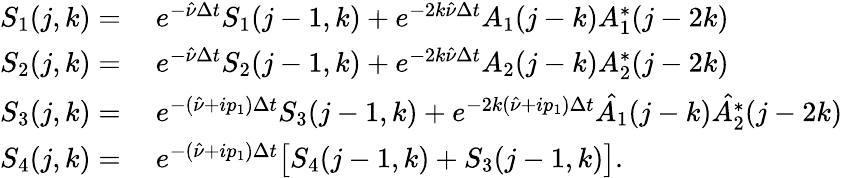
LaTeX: \begin{array}{rl}{S_{1}(j,k)=}&{\ e^{-\hat{\nu}\Delta t}S_{1}(j-1,k)+e^{-2k\hat{\nu}\Delta t}A_{1}(j-k)A_{1}^{*}(j-2k)}\\ {S_{2}(j,k)=}&{\ e^{-\hat{\nu}\Delta t}S_{2}(j-1,k)+e^{-2k\hat{\nu}\Delta t}A_{2}(j-k)A_{2}^{*}(j-2k)}\\ {S_{3}(j,k)=}&{\ e^{-(\hat{\nu}+ip_{1})\Delta t}S_{3}(j-1,k)+e^{-2k(\hat{\nu}+ip_{1})\Delta t}\hat{A_{1}}(j-k)\hat{A_{2}^{*}}(j-2k)}\\ {S_{4}(j,k)=}&{\ e^{-(\hat{\nu}+ip_{1})\Delta t}\bigl[S_{4}(j-1,k)+S_{3}(j-1,k)\bigr].}\end{array}